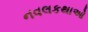
નવલકથાઓ